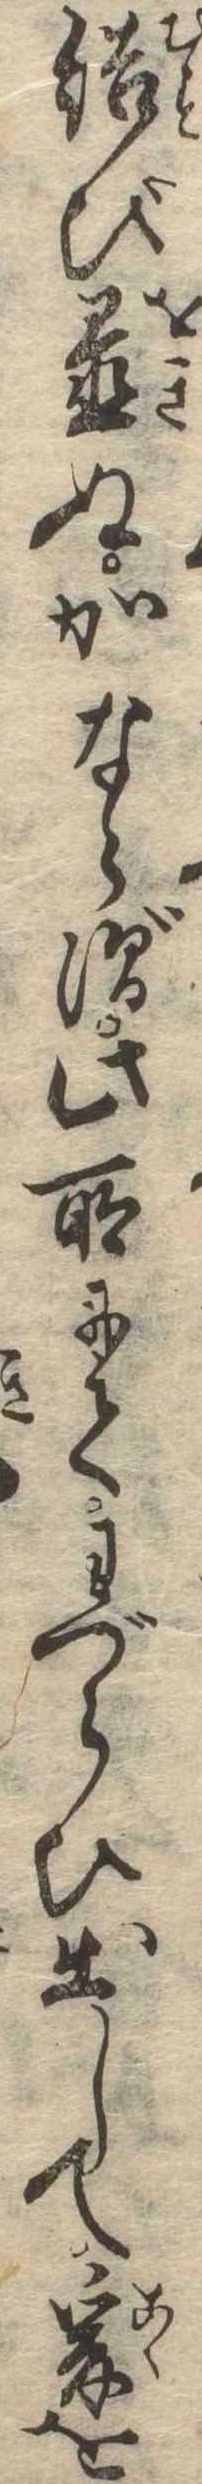
結び置ぬかならず此所にてわづらひ出して爰を